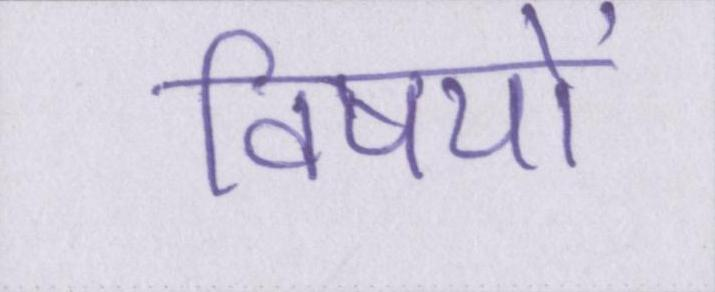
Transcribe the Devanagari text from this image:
विषयों